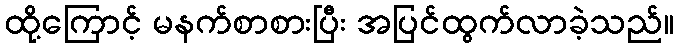
ထို့ကြောင့် မနက်စာစားပြီး အပြင်ထွက်လာခဲ့သည်။